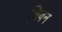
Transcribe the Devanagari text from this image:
शिबन